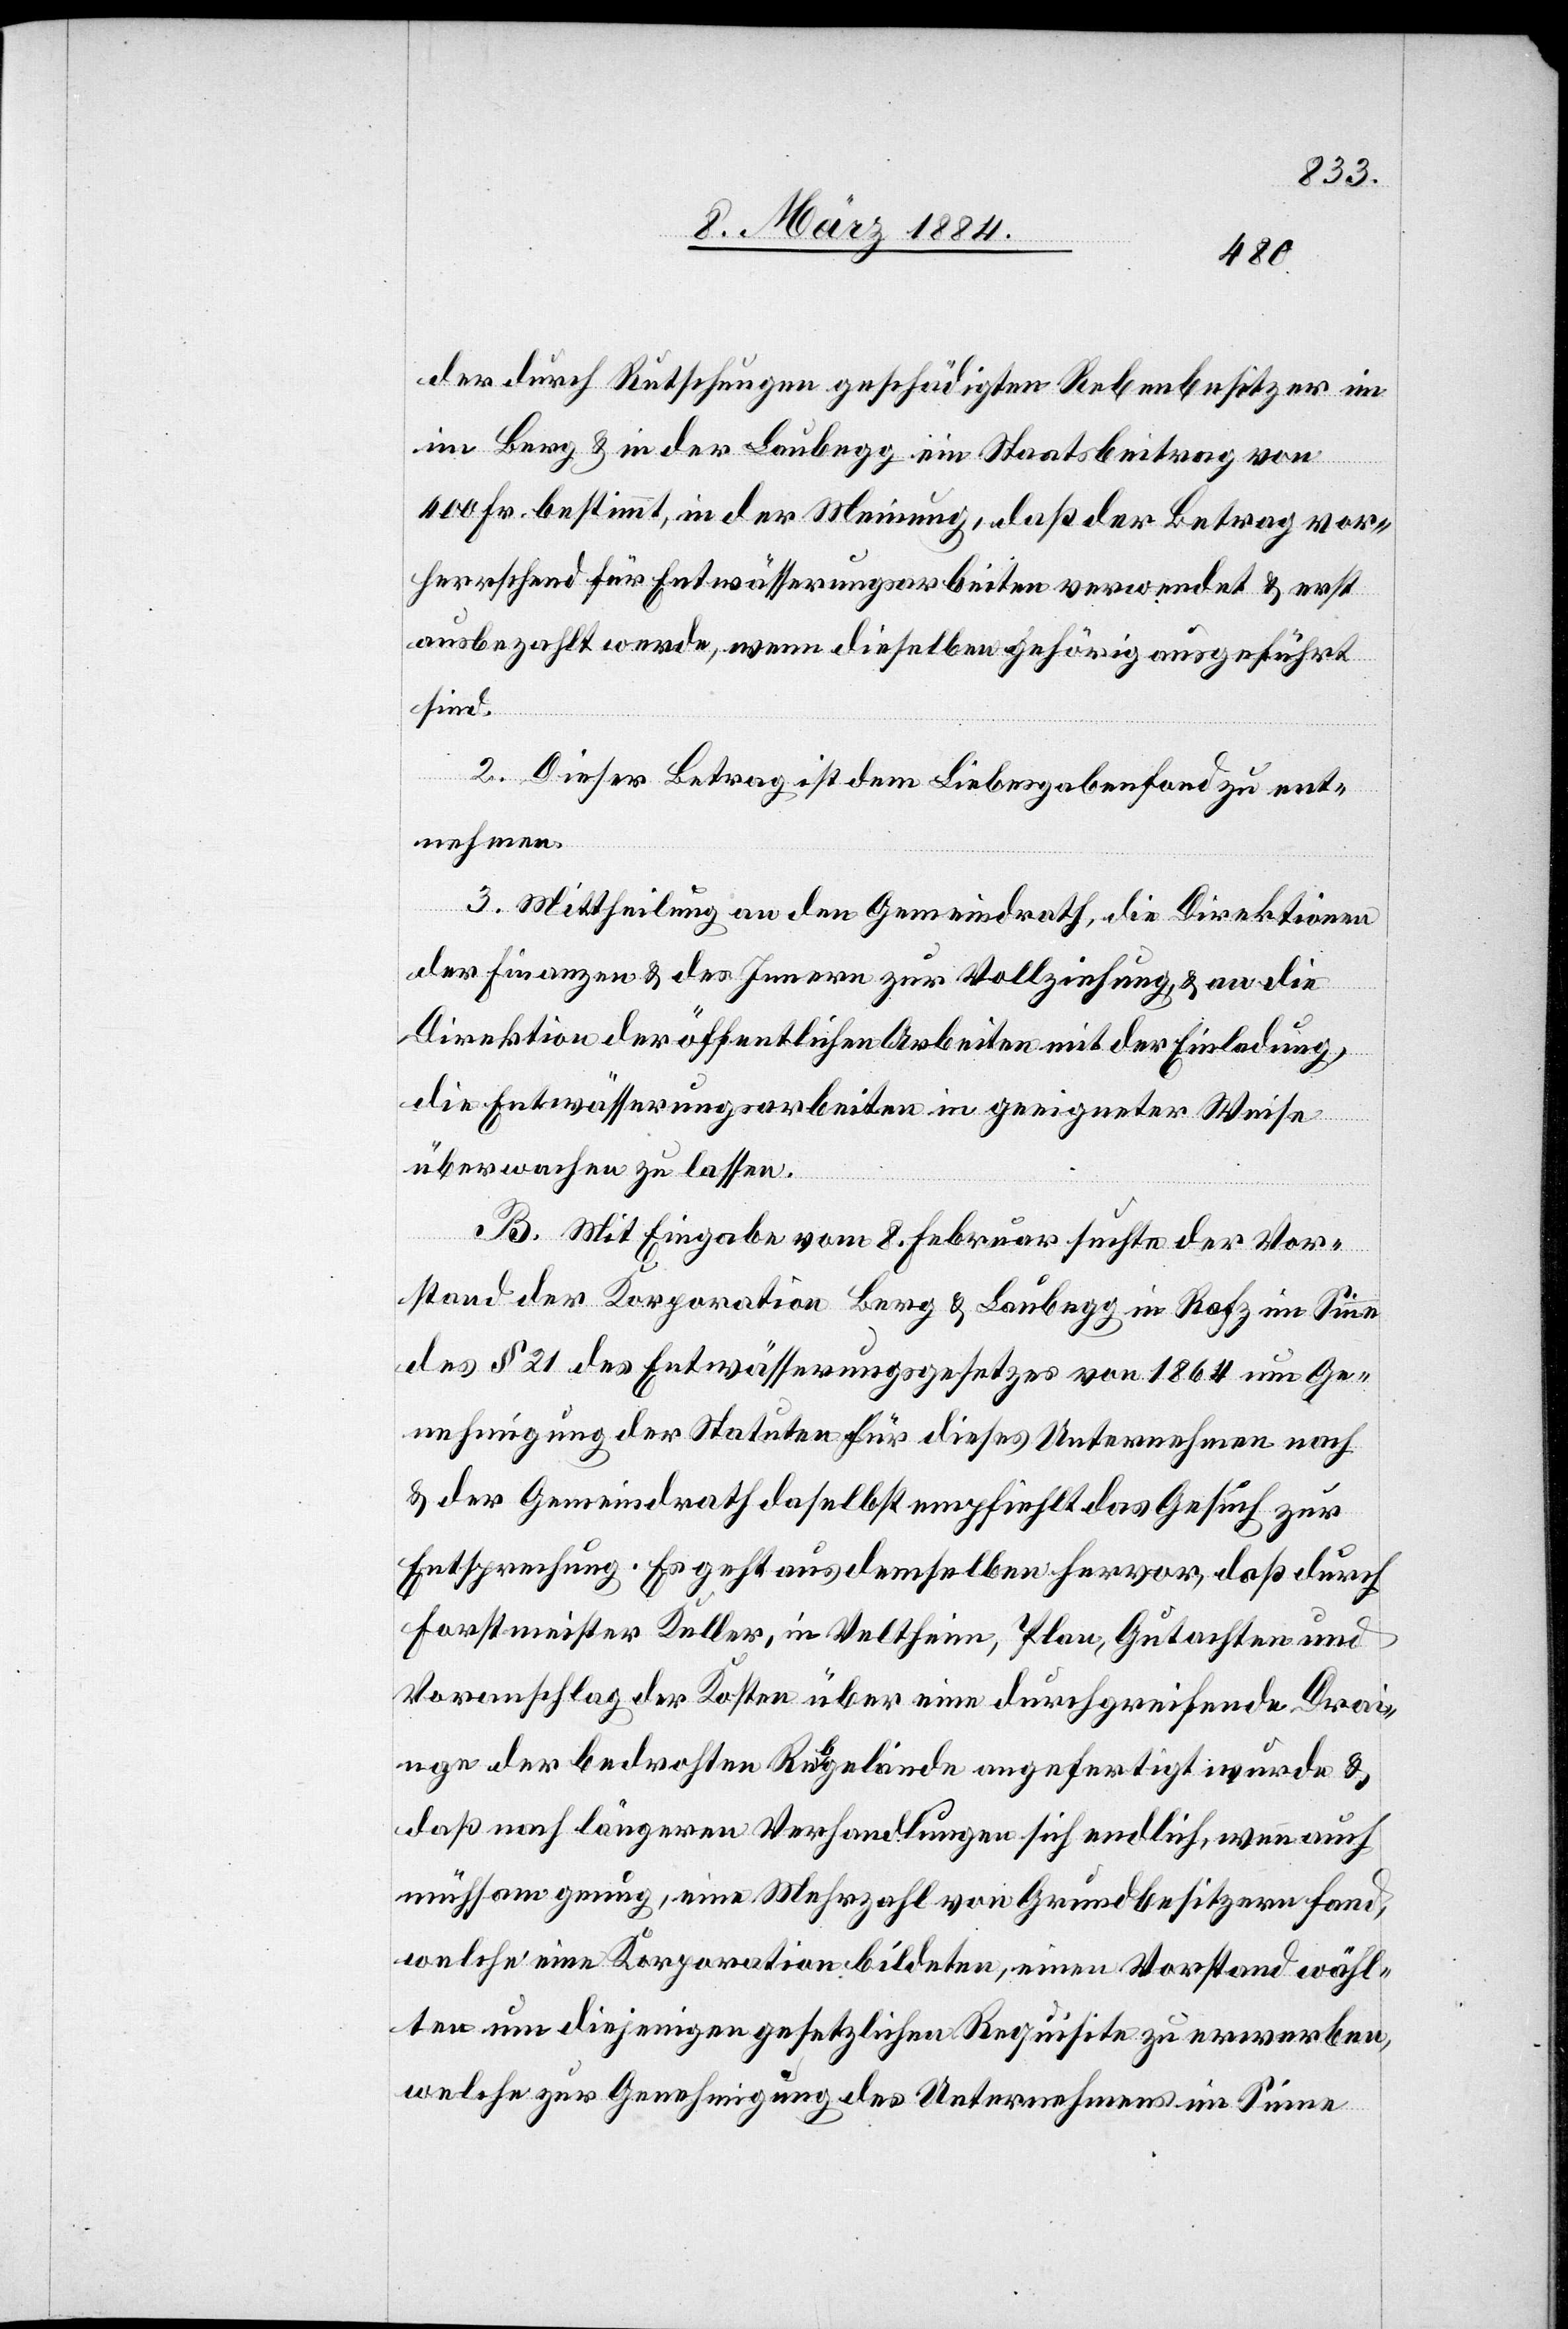
der durch Rutschungen geschädigten Rebenbesitzer im
Berg & der Laubegg ein Staatsbeitrag von
400 Fr. bestimmt, in der Meinung, daß der Betrag vor¬
herrschend für Entwässerungsarbeiten verwendet & erst
ausbezahlt werde, wenn dieselben gehörig ausgeführt
sind.
2. Dieser Betrag ist dem Liebesgabenfond zu ent¬
nehmen.
3. Mittheilung an den Gemeindrath, die Direktion
der Finanzen & des Innern zur Vollziehung & an die
Direktion der öffentlichen Arbeiten mit der Einladung,
die Entwässerungsarbeiten in geeigneter Weise
überwachen zu lassen.
B. Mit Eingabe vom 8. Februar suchte der Vor¬
stand der Korporation Berg & Laubegg in Rafz im Sinne
des § 21 des Entwässerungsgesetzes vom 1864 um Ge¬
nehmigung der Statuten für dieses Unternehmen nach
& der Gemeindrath daselbst empfiehlt das Gesuch zur
Entsprechung. Es geht aus demselben hervor, daß durch
Forstmeister Keller, in Veltheim, Plan, Gutachten und
Voranschlag der Kosten über eine durchgreifende Drai¬
n[a]ge der bedrohten Rebgelände angefertigt wurden &
daß nach längern Verhandlungen sich endlich, wenn auch
mühsam genug, eine Mehrzahl von Grundbesitzern fand,
welche eine Korporation bildeten, einen Vorstand wähl¬
ten um diejenigen gesetzlichen Requisite zu erwerben,
welche zur Genehmigung des Unternehmens im Sinne